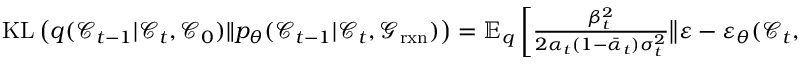
\begin{array} { r } { \mathrm { K L } \left( q ( \mathcal { C } _ { t - 1 } \vert \mathcal { C } _ { t } , \mathcal { C } _ { 0 } ) \Vert p _ { \theta } ( \mathcal { C } _ { t - 1 } \vert \mathcal { C } _ { t } , \mathcal { G } _ { \mathrm { r x n } } ) \right) = \mathbb { E } _ { q } \left[ \frac { \beta _ { t } ^ { 2 } } { 2 \alpha _ { t } ( 1 - \bar { \alpha } _ { t } ) \sigma _ { t } ^ { 2 } } \big \Vert \varepsilon - \varepsilon _ { \theta } ( \mathcal { C } _ { t } , \mathcal { G } _ { \mathrm { r x n } } , t ) \big \Vert _ { 2 } ^ { 2 } \right] , } \end{array}